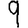
Digit: 9